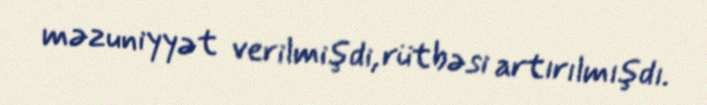
məzuniyyət verilmişdi, rütbəsi artırılmışdı.